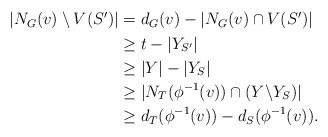
LaTeX: \begin{align*}\begin{aligned} |N_{G}(v)\setminus V(S')| &=d_{G}(v)-|N_{G}(v)\cap V(S')|\\ &\geq t-|Y_{S'}|\\ &\geq |Y|-|Y_{S}|\\ &\geq |N_{T}(\phi^{-1}(v))\cap (Y\backslash Y_{S})|\\ &\geq d_{T}(\phi ^{-1}(v))-d_{S}(\phi ^{-1}(v)).\\\end{aligned}\end{align*}